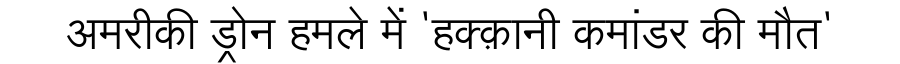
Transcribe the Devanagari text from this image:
अमरीकी ड्रोन हमले में 'हक्क़ानी कमांडर की मौत'